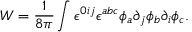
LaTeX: W = { \frac { 1 } { 8 \pi } } \int \epsilon ^ { 0 i j } \epsilon ^ { a b c } \phi _ { a } \partial _ { j } \phi _ { b } \partial _ { i } \phi _ { c } .